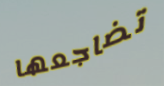
تضاجعها